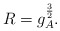
\begin{align*}R = g_{A}^{\frac{3}{2}}.\end{align*}